Indian journal of veterinary science and animal husbandry - Volume 5,
Year: 1935
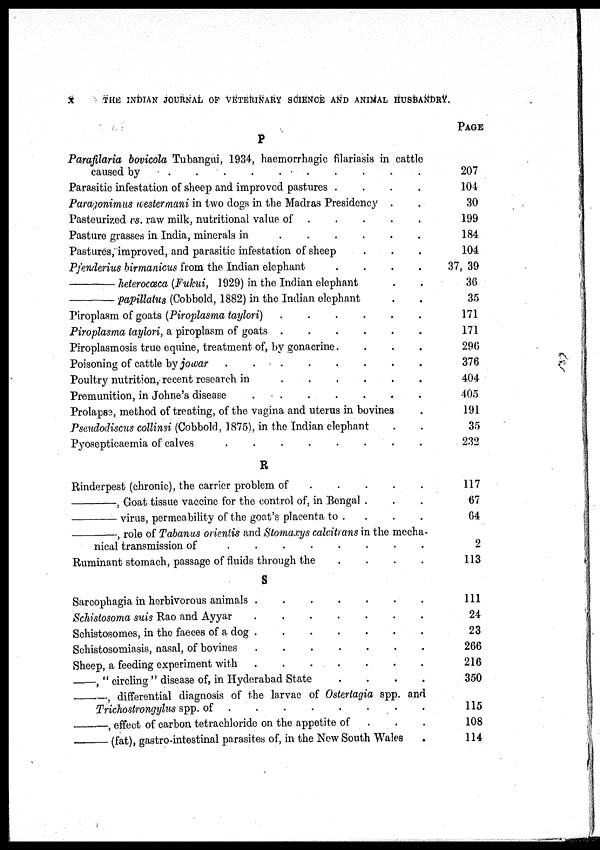
X
THE INDIAN JOURNAL OF VETERINARY SCIENCE AND ANIMAL HUSBANDRY.
P
Parafilaria bovicola Tubangui, 1934, haemorrhagic filariasis in cattle
caused by
.
.
.
.
.
.
.
.
Parasitic infestation of sheep and improved pastures .
.
.
.
Paragonimus wester mani in two dogs in the Madras Presidency . .
Pasteurized vs. raw milk, nutritional value of . . . . . . . .
Pasture grasses in India, minerals in
.
.
.
.
.
.
.
.
Pastures, improved, and parasitic infestation of sheep . . .
Pjenderius birmanicus from the Indian elephant . . . . . . . .
—heterocœca
(Fukui,
1929) in the Indian elephant . .
—papillatus
(Cobbold, 1882) in the Indian elephant . .
Piroplasm of goats (Piroplasma taylori) . . . . . . . .
Piroplasma taylori, a piroplasm of goats . . . . . . . .
Piroplasmosis true equine, treatment of, by gonacrine . . . . . . . .
Poisoning of cattle by jowar
.
.
.
.
.
.
.
.
Poultry nutrition, recent research in
.
.
.
.
.
.
.
.
Premunition, in Johne's disease
.
.
.
.
.
.
.
.
Prolapse, method of treating, of the vagina and uterus in bovines .
Pseudodiscus collinsi (Cobbold, 1875), in the Indian elephant . .
Pyosepticaemia of calves
.
.
.
.
.
.
.
.
R
Rinderpest (chronic), the carrier problem of . . . . . . . .
—,
Goat tissue vaccine for the control of, in Bengal . . .
—virus,
permeability of the goat's placenta to . . . . . . . .
—,
role of Tabanus orientis and Stomaxys calcitrans in the mecha-
nical transmission of
.
.
.
.
.
.
.
.
Ruminant stomach, passage of fluids through the . . . . . . . .
S
Sarcophagia in herbivorous animals
.
.
.
.
.
.
.
.
Schistosoma suis Rao and Ayyar
.
.
.
.
.
.
.
.
Schistosomes, in the faeces of a dog
.
.
.
.
.
.
.
.
Schistosomiasis, nasal, of bovines
.
.
.
.
.
.
.
.
Sheep, a feeding experiment with
.
.
.
.
.
.
.
.
—, " circling " disease of, in Hyderabad State . . . . . . . .
—, differential diagnosis of the larvae of Ostertagia spp. and
Trichostrongylus spp. of
.
.
.
.
.
.
.
.
—, effect of carbon tetrachloride on the appetite of
—(fat), gastro-intestinal parasites of, in the New South Wales
PAGE
207
104
30
199
184
104
37, 39
36
35
171
171
290
376
404
405
191
35
232
117
67
64
2
113
111
24
23
266
216
350
115
108
114